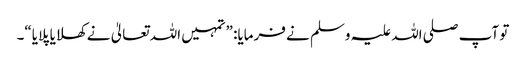
تو آپ صلی اللہ علیہ وسلم نے فرمایا: ”تمہیں اللہ تعالیٰ نے کھلایا پلایا“۔